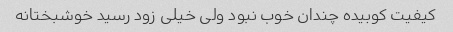
کیفیت کوبیده چندان خوب نبود ولی خیلی زود رسید خوشبختانه